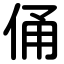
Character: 俑